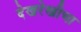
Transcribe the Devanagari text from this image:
देखरेखीचा